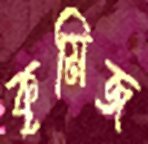
কৃমিজ